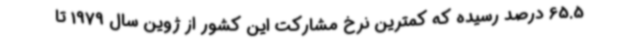
65.5 درصد رسیده که کمترین نرخ مشارکت این کشور از ژوین سال 1979 تا